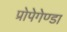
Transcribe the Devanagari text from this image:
प्रोपेगेण्डा